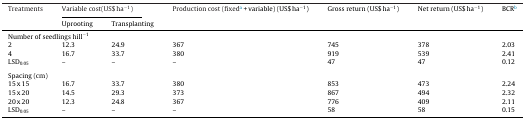
| Treatments | <COLSPAN=2> Variable cost(US$ ha−1) | Production cost (fixeda + variable) (US$ ha−1) | Gross return (US$ ha−1) | Net return (US$ ha−1) | BCRb |
 |  | Uprooting | Transplanting | <COLSPAN=4>  |
 | --- | --- | --- | --- | --- | --- | --- |
 | <COLSPAN=7> Number of seedlings hill−1 |
 | 2 | 12.3 | 24.9 | 367 | 745 | 378 | 2.03 |
 | 4 | 16.7 | 33.7 | 380 | 919 | 539 | 2.41 |
 | LSD0.05 | – | – | – | 47 | 47 | 0.12 |
 | <COLSPAN=7>  |
 | <COLSPAN=7> Spacing (cm) |
 | 15 x 15 | 16.7 | 33.7 | 380 | 853 | 473 | 2.24 |
 | 15 x 20 | 14.5 | 29.3 | 373 | 867 | 494 | 2.32 |
 | 20 x 20 | 12.3 | 24.8 | 367 | 776 | 409 | 2.11 |
 | LSD0.05 | – | – | – | 58 | 58 | 0.15 |